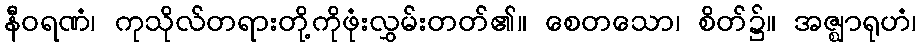
နီဝရဏံ၊ ကုသိုလ်တရားတို့ကိုဖုံးလွှမ်းတတ်၏။ စေတသော၊ စိတ်၌။ အဇ္ဈာရုဟံ၊